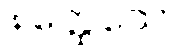
နတ္ထေသော